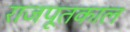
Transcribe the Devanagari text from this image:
राजपूतकाल